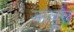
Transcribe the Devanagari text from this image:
जांबूल